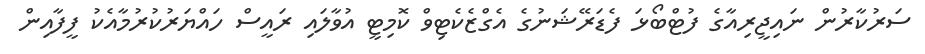
ސަރުކާރުން ނައިޖީރިއާގެ ފުޓްބޯޅަ ފެޑަރޭޝަނުގެ އެގްޒެކެޓިވް ކޮމިޓީ އުވާލައި ރައީސް ހައްޔަރުކުރުމާއެކު ފީފާއިން